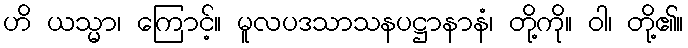
ဟိ ယသ္မာ၊ ကြောင့်။ မူလပဒသာသနပဋ္ဌာနာနံ၊ တို့ကို။ ဝါ၊ တို့၏။